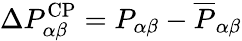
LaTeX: \Delta P_{\alpha\beta}^{\mathrm{CP}}=P_{\alpha\beta}-\overline{{P}}_{\alpha\beta}